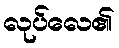
လုပ်လေ၏